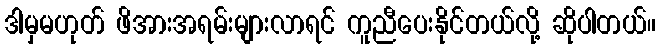
ဒါမှမဟုတ် ဖိအားအရမ်းများလာရင် ကူညီပေးနိုင်တယ်လို့ ဆိုပါတယ်။